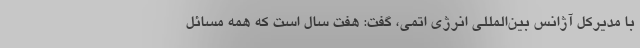
با مدیرکل آژانس بین‌المللی انرژی اتمی، گفت: هفت سال است که همه مسائل